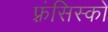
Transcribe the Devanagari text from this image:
फ़्रंसिस्को